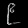
Digit: ၉